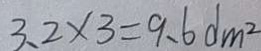
3 . 2 \times 3 = 9 . 6 d m ^ { 2 }